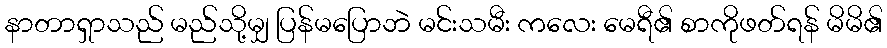
နာတာရှာသည် မည်သို့မျှ ပြန်မပြောဘဲ မင်းသမီး ကလေး မေရီ၏ စာကိုဖတ်ရန် မိမိ၏